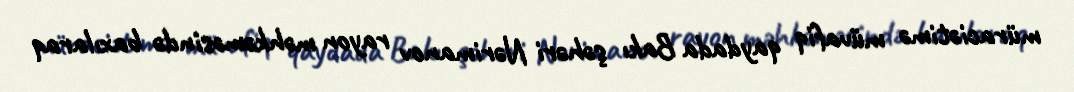
müraciətimə müvafiq qaydada Bakı şəhəri Nərimanov rayon məhkəməsində baxılaraq